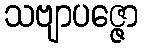
သဗျာပဇ္ဇော